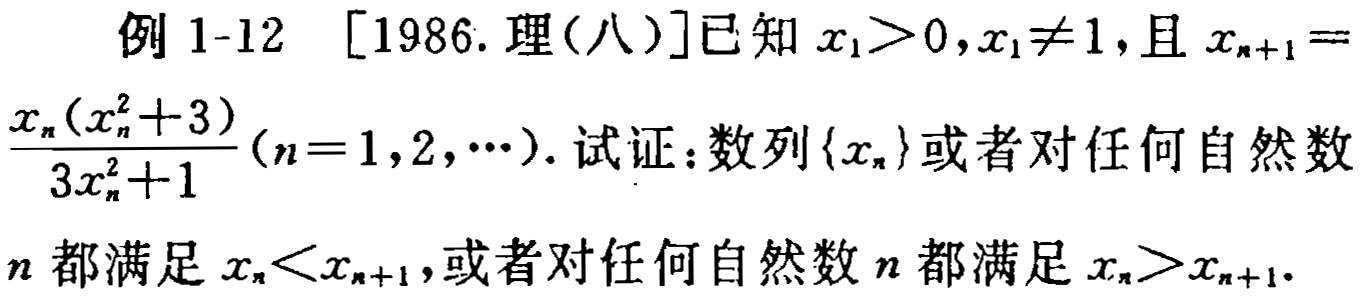
例 1-12 [1986. 理(八)]已知 \(x_1 > 0,x_1\neq 1\), 且 \(x_{n + 1}=\frac{x_n(x_n^2 + 3)}{3x_n^2 + 1}(n = 1,2,\cdots)\). 试证: 数列\(\{x_n\}\)或者对任何自然数 \(n\)都满足 \(x_n<x_{n + 1}\), 或者对任何自然数 \(n\)都满足 \(x_n>x_{n + 1}\).